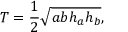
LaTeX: T = { \frac { 1 } { 2 } } { \sqrt { a b h _ { a } h _ { b } } } ,